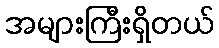
အများကြီးရှိတယ်